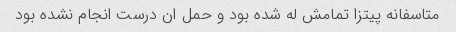
متاسفانه پیتزا تمامش له شده بود و حمل ان درست انجام نشده بود